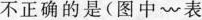
不正确的是(图中表